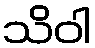
သိဝါ